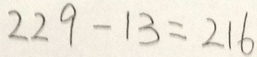
2 2 9 - 1 3 = 2 1 6